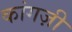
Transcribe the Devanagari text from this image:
कांगज़ी